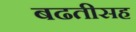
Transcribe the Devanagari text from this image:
बढतीसह